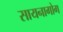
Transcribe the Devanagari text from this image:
सायनागोग